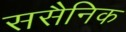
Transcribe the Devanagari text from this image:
ससैनिक